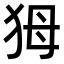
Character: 𤝕